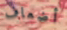
أضعاف